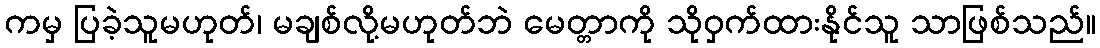
ကမှ ပြခဲ့သူမဟုတ်၊ မချစ်လို့မဟုတ်ဘဲ မေတ္တာကို သိုဝှက်ထားနိုင်သူ သာဖြစ်သည်။